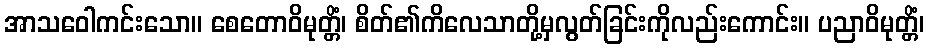
အာသဝေါကင်းသော။ စေတောဝိမုတ္တိံ၊ စိတ်၏ကိလေသာတို့မှလွတ်ခြင်းကိုလည်းကောင်း။ ပညာဝိမုတ္တိံ၊